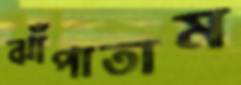
ঝাঁপাতাম